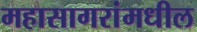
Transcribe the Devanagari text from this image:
महासागरांमधील